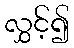
လွှင့်၍